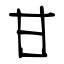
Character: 甘